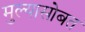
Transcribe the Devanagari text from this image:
मुल्यासोबत